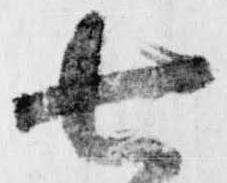
七